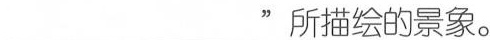
___”所描绘的景象。